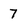
Character: 7